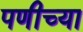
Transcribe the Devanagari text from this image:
पणीच्या